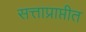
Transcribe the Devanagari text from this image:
सत्ताप्राप्तीत